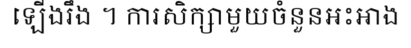
ឡើងរឹង ។ ការសិក្សាមួយចំនួនអះអាង